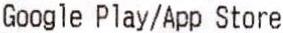
GOOGLE PLAY/APP STORE